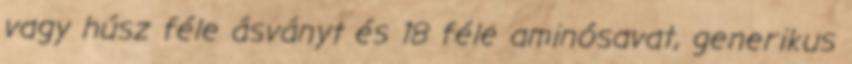
vagy húsz féle ásványt és 18 féle aminósavat, generikus